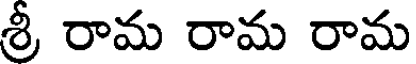
శ్రీ రామ రామ రామ